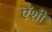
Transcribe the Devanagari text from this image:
ऎंशी